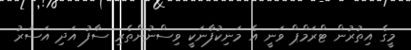
މީގެ އިތުރުން ޓްރަމްޕް ވަނީ އެ މަނިކުފާނަކީ ވިސްނުންތެރި ސާފު އަދި އަސަރު